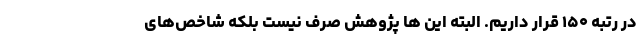
در رتبه ۱۵۰ قرار داریم. البته این ها پژوهش صرف نیست بلکه شاخص‌های